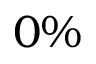
0 \%